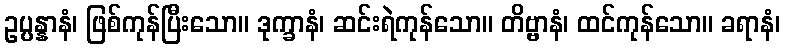
ဥပ္ပန္နာနံ၊ ဖြစ်ကုန်ပြီးသော။ ဒုက္ခာနံ၊ ဆင်းရဲကုန်သော။ တိဗ္ဗာနံ၊ ထင်ကုန်သော။ ခရာနံ၊